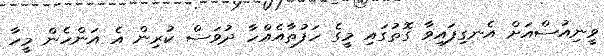
ވީނިއުސްއަށް އެނގިފައިވާ ގޮތުގައި މީގެ ހަފުތާއެއްހާ ދުވަސް ކުރިން އެ އަންހެން މީހާ